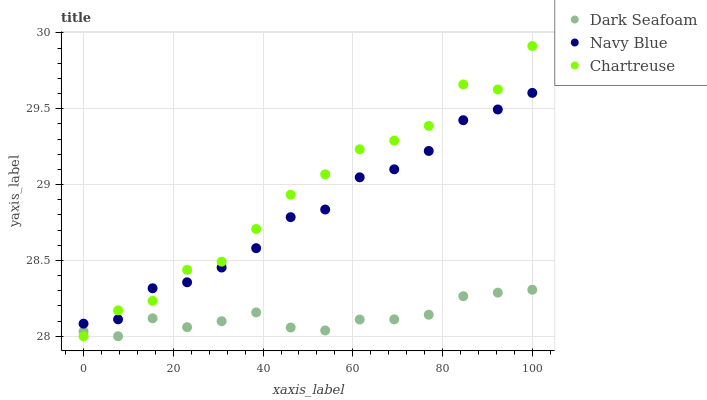
| xaxis_label | Dark Seafoam | Navy Blue | Chartreuse |
 | --- | --- | --- | --- |
 | 0 | 28 | 28.1 | 28 |
 | 7.69 | 28 | 28.1 | 28.2 |
 | 15.4 | 28.1 | 28.3 | 28.2 |
 | 23.1 | 28.1 | 28.4 | 28.4 |
 | 30.8 | 28.1 | 28.5 | 28.5 |
 | 38.5 | 28.2 | 28.6 | 28.7 |
 | 46.2 | 28.1 | 28.8 | 28.9 |
 | 53.8 | 28 | 28.8 | 29.1 |
 | 61.5 | 28.1 | 29 | 29.2 |
 | 69.2 | 28.1 | 29.1 | 29.3 |
 | 76.9 | 28.1 | 29.2 | 29.4 |
 | 84.6 | 28.3 | 29.4 | 29.7 |
 | 92.3 | 28.3 | 29.5 | 29.6 |
 | 100 | 28.3 | 29.6 | 29.9 |